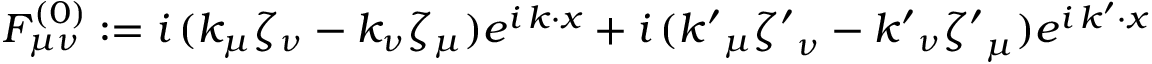
F _ { \mu \nu } ^ { ( 0 ) } : = i \, ( k _ { \mu } \zeta _ { \nu } - k _ { \nu } \zeta _ { \mu } ) e ^ { i \, k \cdot x } + i \, ( { k ^ { \prime } } _ { \mu } { \zeta ^ { \prime } } _ { \nu } - { k ^ { \prime } } _ { \nu } { \zeta ^ { \prime } } _ { \mu } ) e ^ { i \, k ^ { \prime } \cdot x }